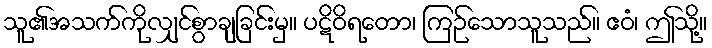
သူ၏အသက်ကိုလျှင်စွာချခြင်းမှ။ ပဋိဝိရတော၊ ကြဉ်သောသူသည်။ ဧဝံ၊ ဤသို့။